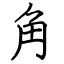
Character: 角